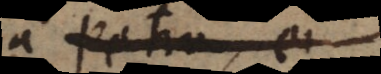
a Petro, ei